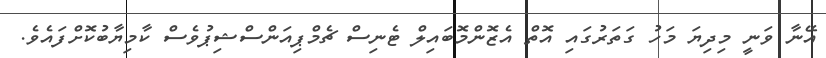
އޭނާ ވަނީ މިދިޔަ މަހު ގަތަރުގައި އޮތް އެޒޮންމޮބައިލް ޓެނިސް ޗެމްޕިއަންސްޝިޕުވެސް ކާމިޔާބުކޮށްފައެވެ.